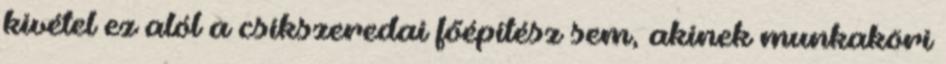
kivétel ez alól a csíkszeredai főépítész sem, akinek munkaköri